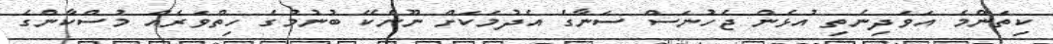
ކިތަންމެ އަވަދިނެތި އުޅެން ޖެހުނަސް ސަނާގެ އެދުމަކަށް ނޫނެކޭ ބުނުމުގެ ހިތްވަރެއް މުސްކާންގެ